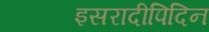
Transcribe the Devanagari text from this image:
इसरादीपिदिन